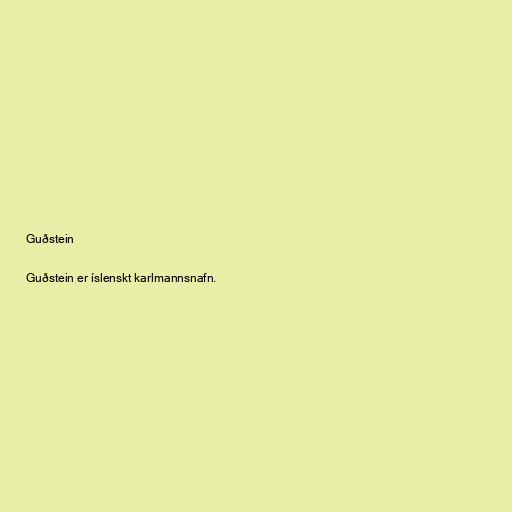
Guðstein

Guðstein er íslenskt karlmannsnafn.